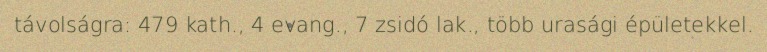
távolságra: 479 kath., 4 evang., 7 zsidó lak., több urasági épületekkel.